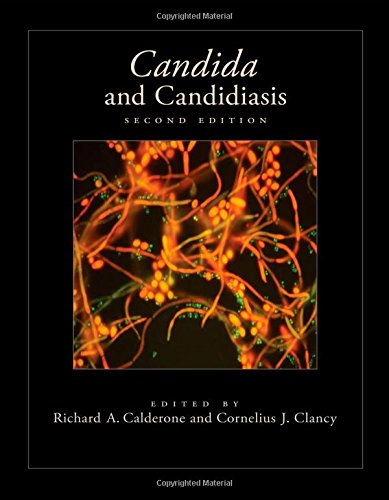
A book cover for Candida and Candidiasis; Health, Fitness & Dieting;